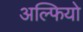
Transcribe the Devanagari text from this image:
अल्फियो